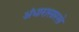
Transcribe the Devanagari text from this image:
अंधारासारखे